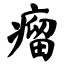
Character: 瘤